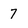
Character: 7